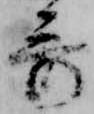
哥